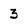
Character: 3